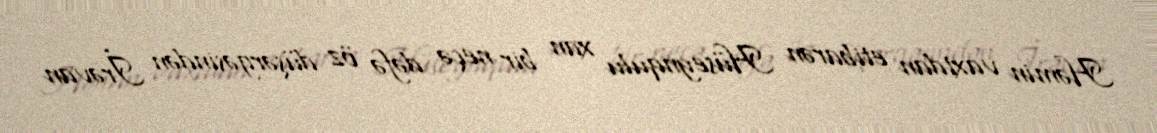
Həmin vaxtdan etibarən Hüseynqulu xan bir neçə dəfə öz düşərgəsindən İrəvan